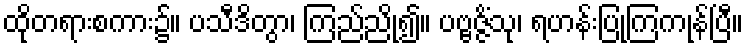
ထိုတရားစကား၌။ ပသီဒိတွာ၊ ကြည်ညို၍။ ပဗ္ဗဇ္ဇိံသု၊ ရဟန်းပြုကြကုန်ပြီ။